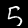
Label: 5